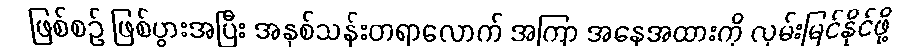
ဖြစ်စဉ် ဖြစ်ပွားအပြီး အနှစ်သန်းတရာလောက် အကြာ အနေအထားကို လှမ်းမြင်နိုင်ဖို့